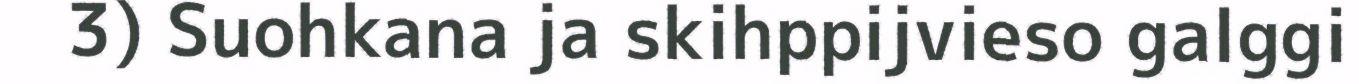
3) Suohkana ja skihppijvieso galggi